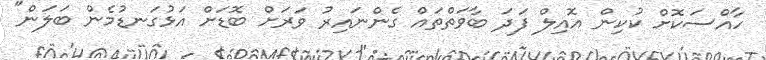
ހާއްސަކޮށް ކުކިން އޮއިލް ފަދަ ބާވަތްތައް ގެންނައިރު ވަރަށް ބޮޑަށް އަޅުގަނޑުމެން ބަލަން"